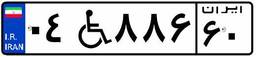
۰۴W۸۸۶۶۰